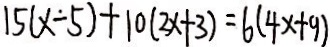
1 5 ( x - 5 ) + 1 0 ( 2 x + 3 ) = 6 ( 4 x + 9 )